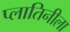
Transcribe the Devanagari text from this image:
प्लातिनीला